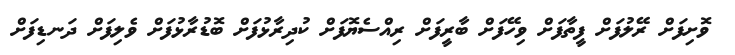
ވޮށިފަށް ރޭލުފަށް ފީތާފަށް ވިހޭފަށް ބާރީފަށް ރިއްސެޔޮފަށް ކުދިރާޅުފަށް ބޮޑުރާޅުފަށް ވެލިފަށް ދަނޑިފަށް